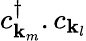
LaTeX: c_{\mathbf{k}_{m}}^{\dagger}.c_{\mathbf{k}_{l}}